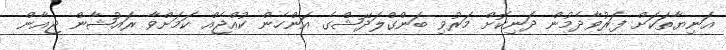
އަނިޔާތަކަށް ފަރުވާދެމުން ދަނިކޮށް މަރުވި ބަންގްލަދޭޝްގެ އަންހެން ކުއްޖެއް ކަމަށްވާ ރައުޝާން ޖިއާން